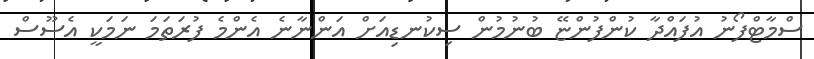
ސްމާޓްފޯނު އުފައްދާ ކުންފުންޏޭ ބުނުމުން ސިކުނޑިއަށް އަންނާނެ އެންމެ ފުރަތަމަ ނަމަކީ އެސޫސް